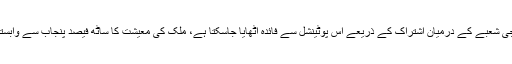
میاں انجم نثار کا کہنا ہے کہ پاکستان ایشیا ء کی بہترین منڈیوں میں سے ایک ہے، حکومت و نجی شعبے کے درمیان اشتراک کے ذریعے اس پوٹینشل سے فائدہ اٹھایا جاسکتا ہے، ملک کی معیشت کا ساٹھ فیصد پنجاب سے وابستہ ہے ، برآمدات و غیرملکی سرمایہ کاری کے حوالے سے بھی پنجاب بہت اہمیت کا حامل ہے۔